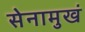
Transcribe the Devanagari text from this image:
सेनामुखं